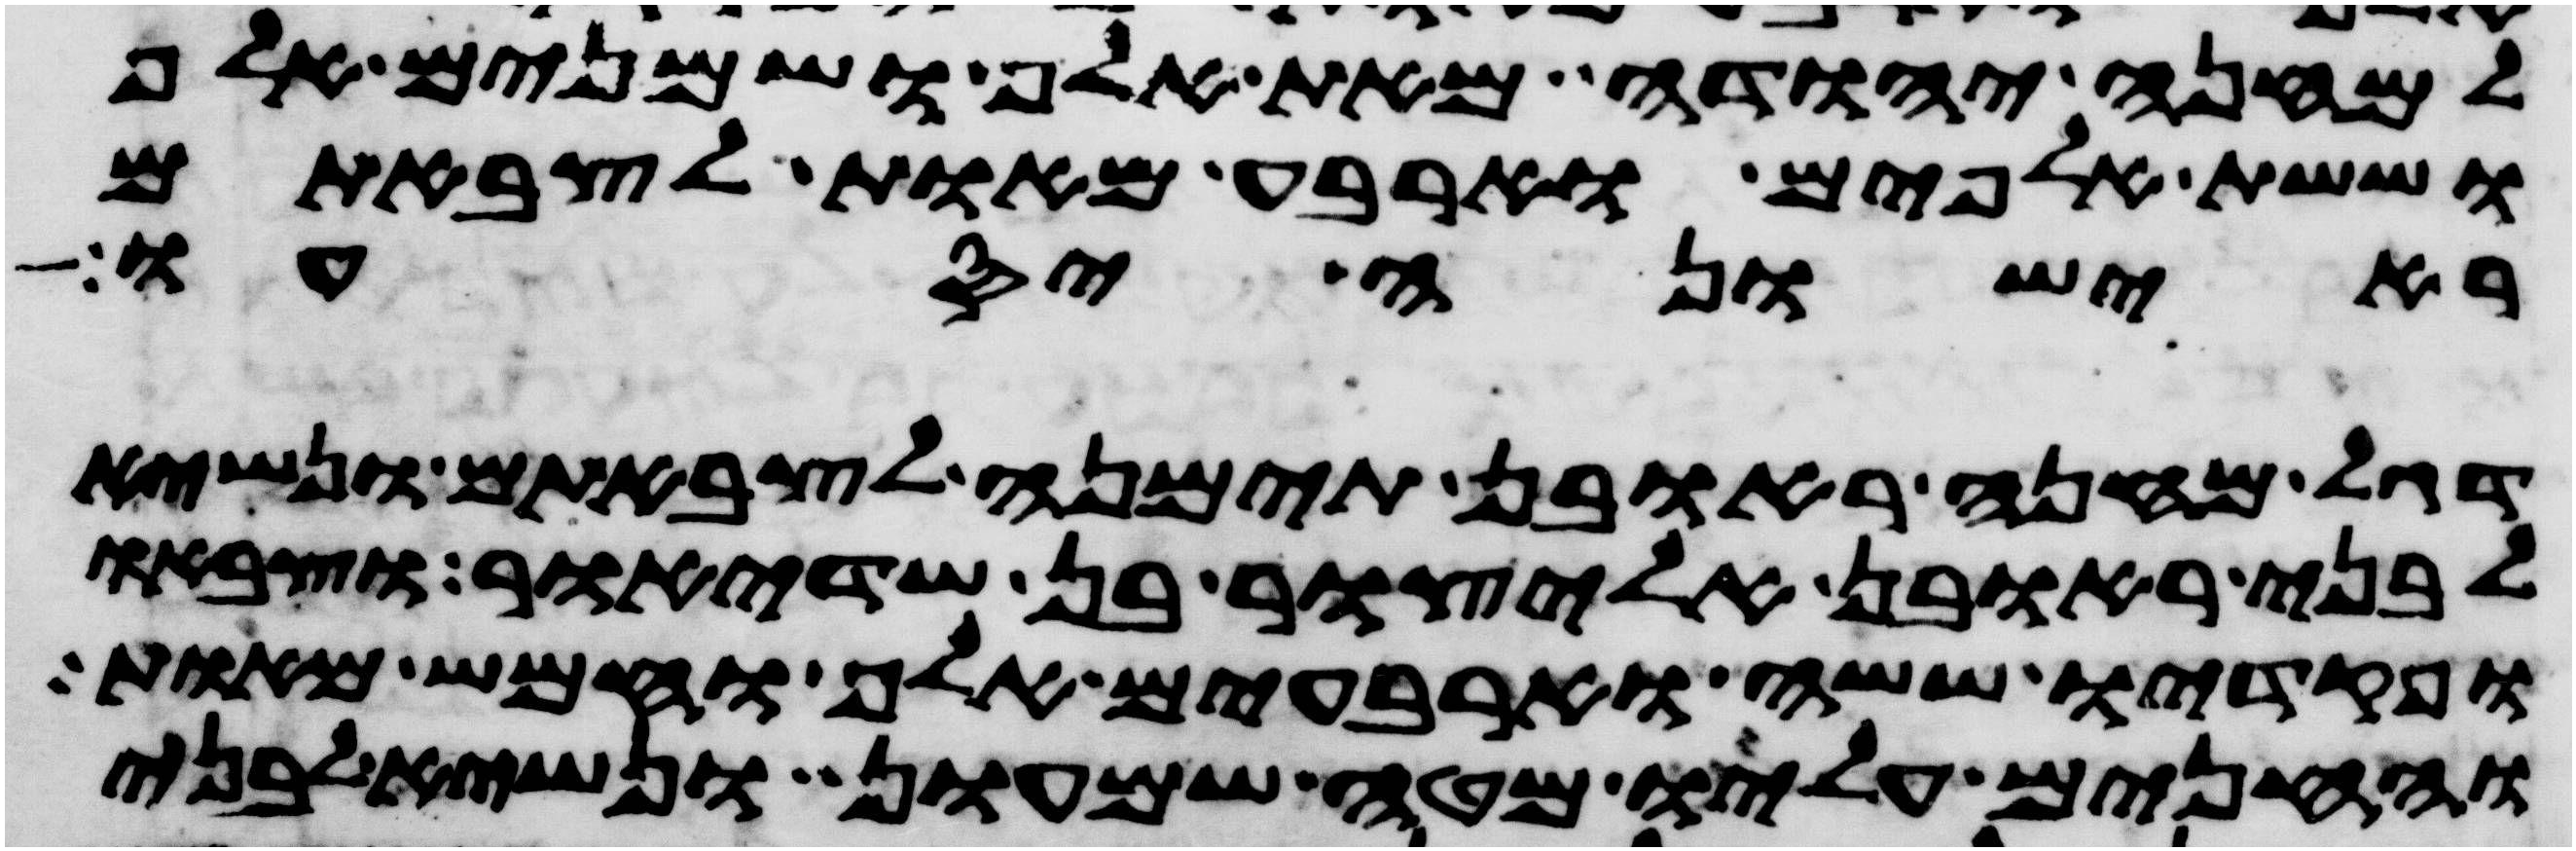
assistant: למחנה יהודה מאת אלף ושמנים אלף
וששת אלפים וארבע מאות לצבאתם
ראישונה יסעו
דגל מחנה ראובן תימנה לצבאתם ונשיא
לבני ראובן אליצור בן שדיאור וצבאו
ופקדיו ששה וארבעים אלף וחמש מאות
והחנים עליו מטה שמעון ונשיא לבני